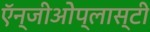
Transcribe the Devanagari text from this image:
ऍन्जीओेप्लास्टी